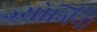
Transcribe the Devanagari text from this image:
ज्योर्जिना